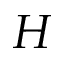
H